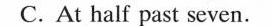
C.At half past seven.